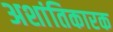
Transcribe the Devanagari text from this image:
अशांतिकारक